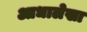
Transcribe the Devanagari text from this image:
आधालेखा